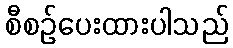
စီစဉ်ပေးထားပါသည်